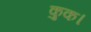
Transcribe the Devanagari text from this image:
कुक।